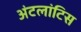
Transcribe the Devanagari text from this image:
अंटलांटिस